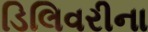
ડિલિવરીના